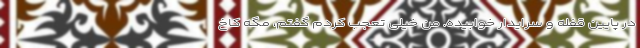
در پایین قفله و سرایدار خوابیده. من خیلی تعجب کردم گفتم، مگه کاخ